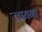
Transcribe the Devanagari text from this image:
लायगा